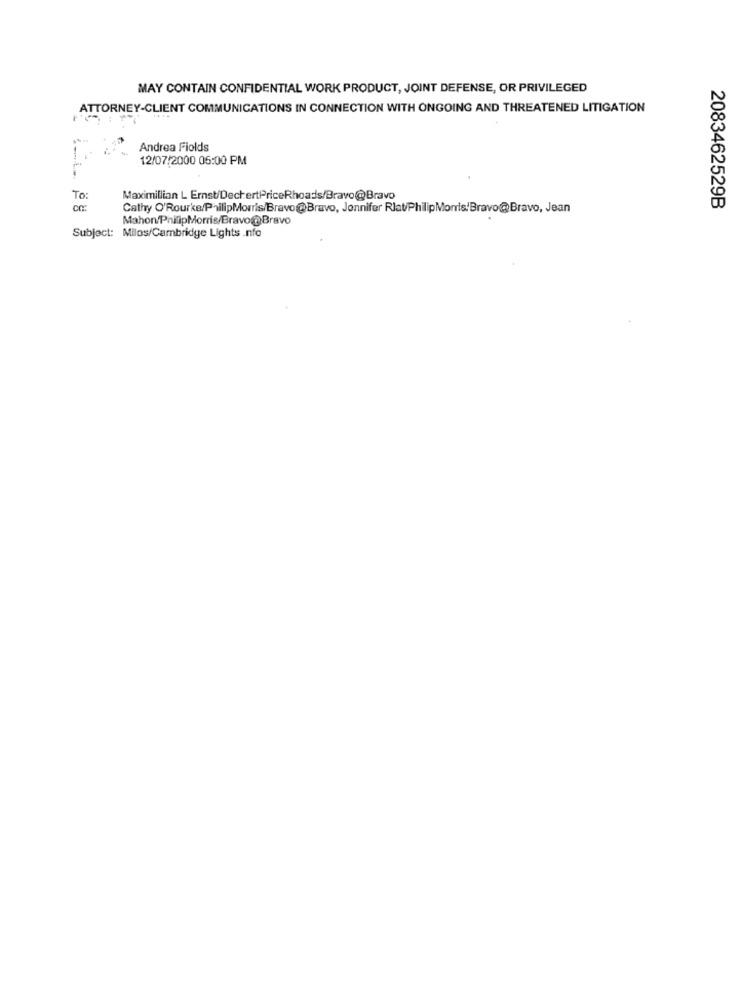
MAY CONTAIN CONFIDENTIAL WORK PRODUCT, JOINT DEFENSE, OR PRIVILEGED
ATTORNEY-CLIENT COMMUNICATIONS IN CONNECTION WITH ONGOING AND THREATENED LITIGATION
Andrea Fiolds
12/07/2000 05:00 PM
To:
Maximillian L Ernst/DechertPriceRhoads/Bravo@Bravo
cc:
Cathy O'Rourke/PhilipMorris/Bravo@Bravo, Jennifer Rlat/PhilipMorris!Bravo@Bravo, Jean
2083462529B
Mahon PhilipMorris/Bravo@Bravo
Subject: Milos/Cambridge Lights .nfo